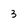
Character: 3